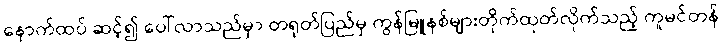
နောက်ထပ် ဆင့်၍ ပေါ်လာသည်မှာ တရုတ်ပြည်မှ ကွန်မြူနစ်များတိုက်ထုတ်လိုက်သည့် ကူမင်တန်